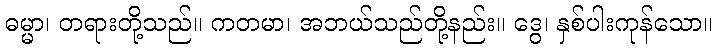
ဓမ္မာ၊ တရားတို့သည်။ ကတမာ၊ အဘယ်သည်တို့နည်း။ ဒွေ၊ နှစ်ပါးကုန်သော။